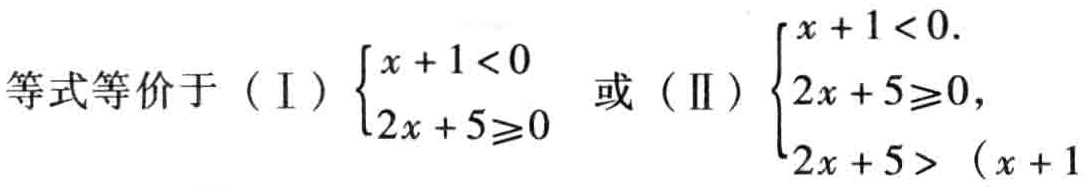
等式等价于（I）\(\begin{cases}x + 1 < 0 \\2x + 5\geqslant0\end{cases}\)或（II）\(\begin{cases}x + 1 < 0. \\2x + 5\geqslant0,\\2x + 5 > (x + 1)\end{cases}\)